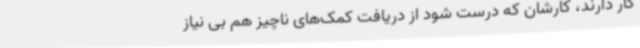
کار دارند، کارشان که درست شود از دریافت کمک‌های ناچیز هم بی نیاز